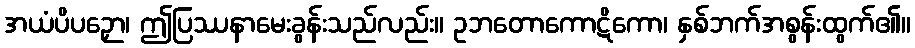
အယံပိပဉှော၊ ဤပြဿနာမေးခွန်းသည်လည်း။ ဥဘတောကောဋိကော၊ နှစ်ဘက်အစွန်းထွက်၏။